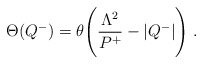
\begin{align*}\Theta(Q^-)=\theta\Biggl({\Lambda^2 \over P^+}-|Q^-| \Biggr) \;.\end{align*}